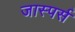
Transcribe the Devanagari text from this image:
जास्पर्स